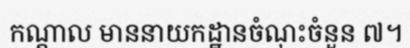
កណ្តាល មាននាយកដ្ឋានចំណុះចំនួន ៧។